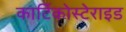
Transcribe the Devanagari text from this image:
कार्टिकोस्टेराइड